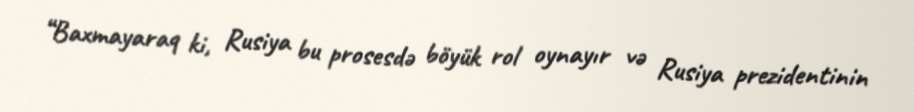
“Baxmayaraq ki, Rusiya bu prosesdə böyük rol oynayır və Rusiya prezidentinin